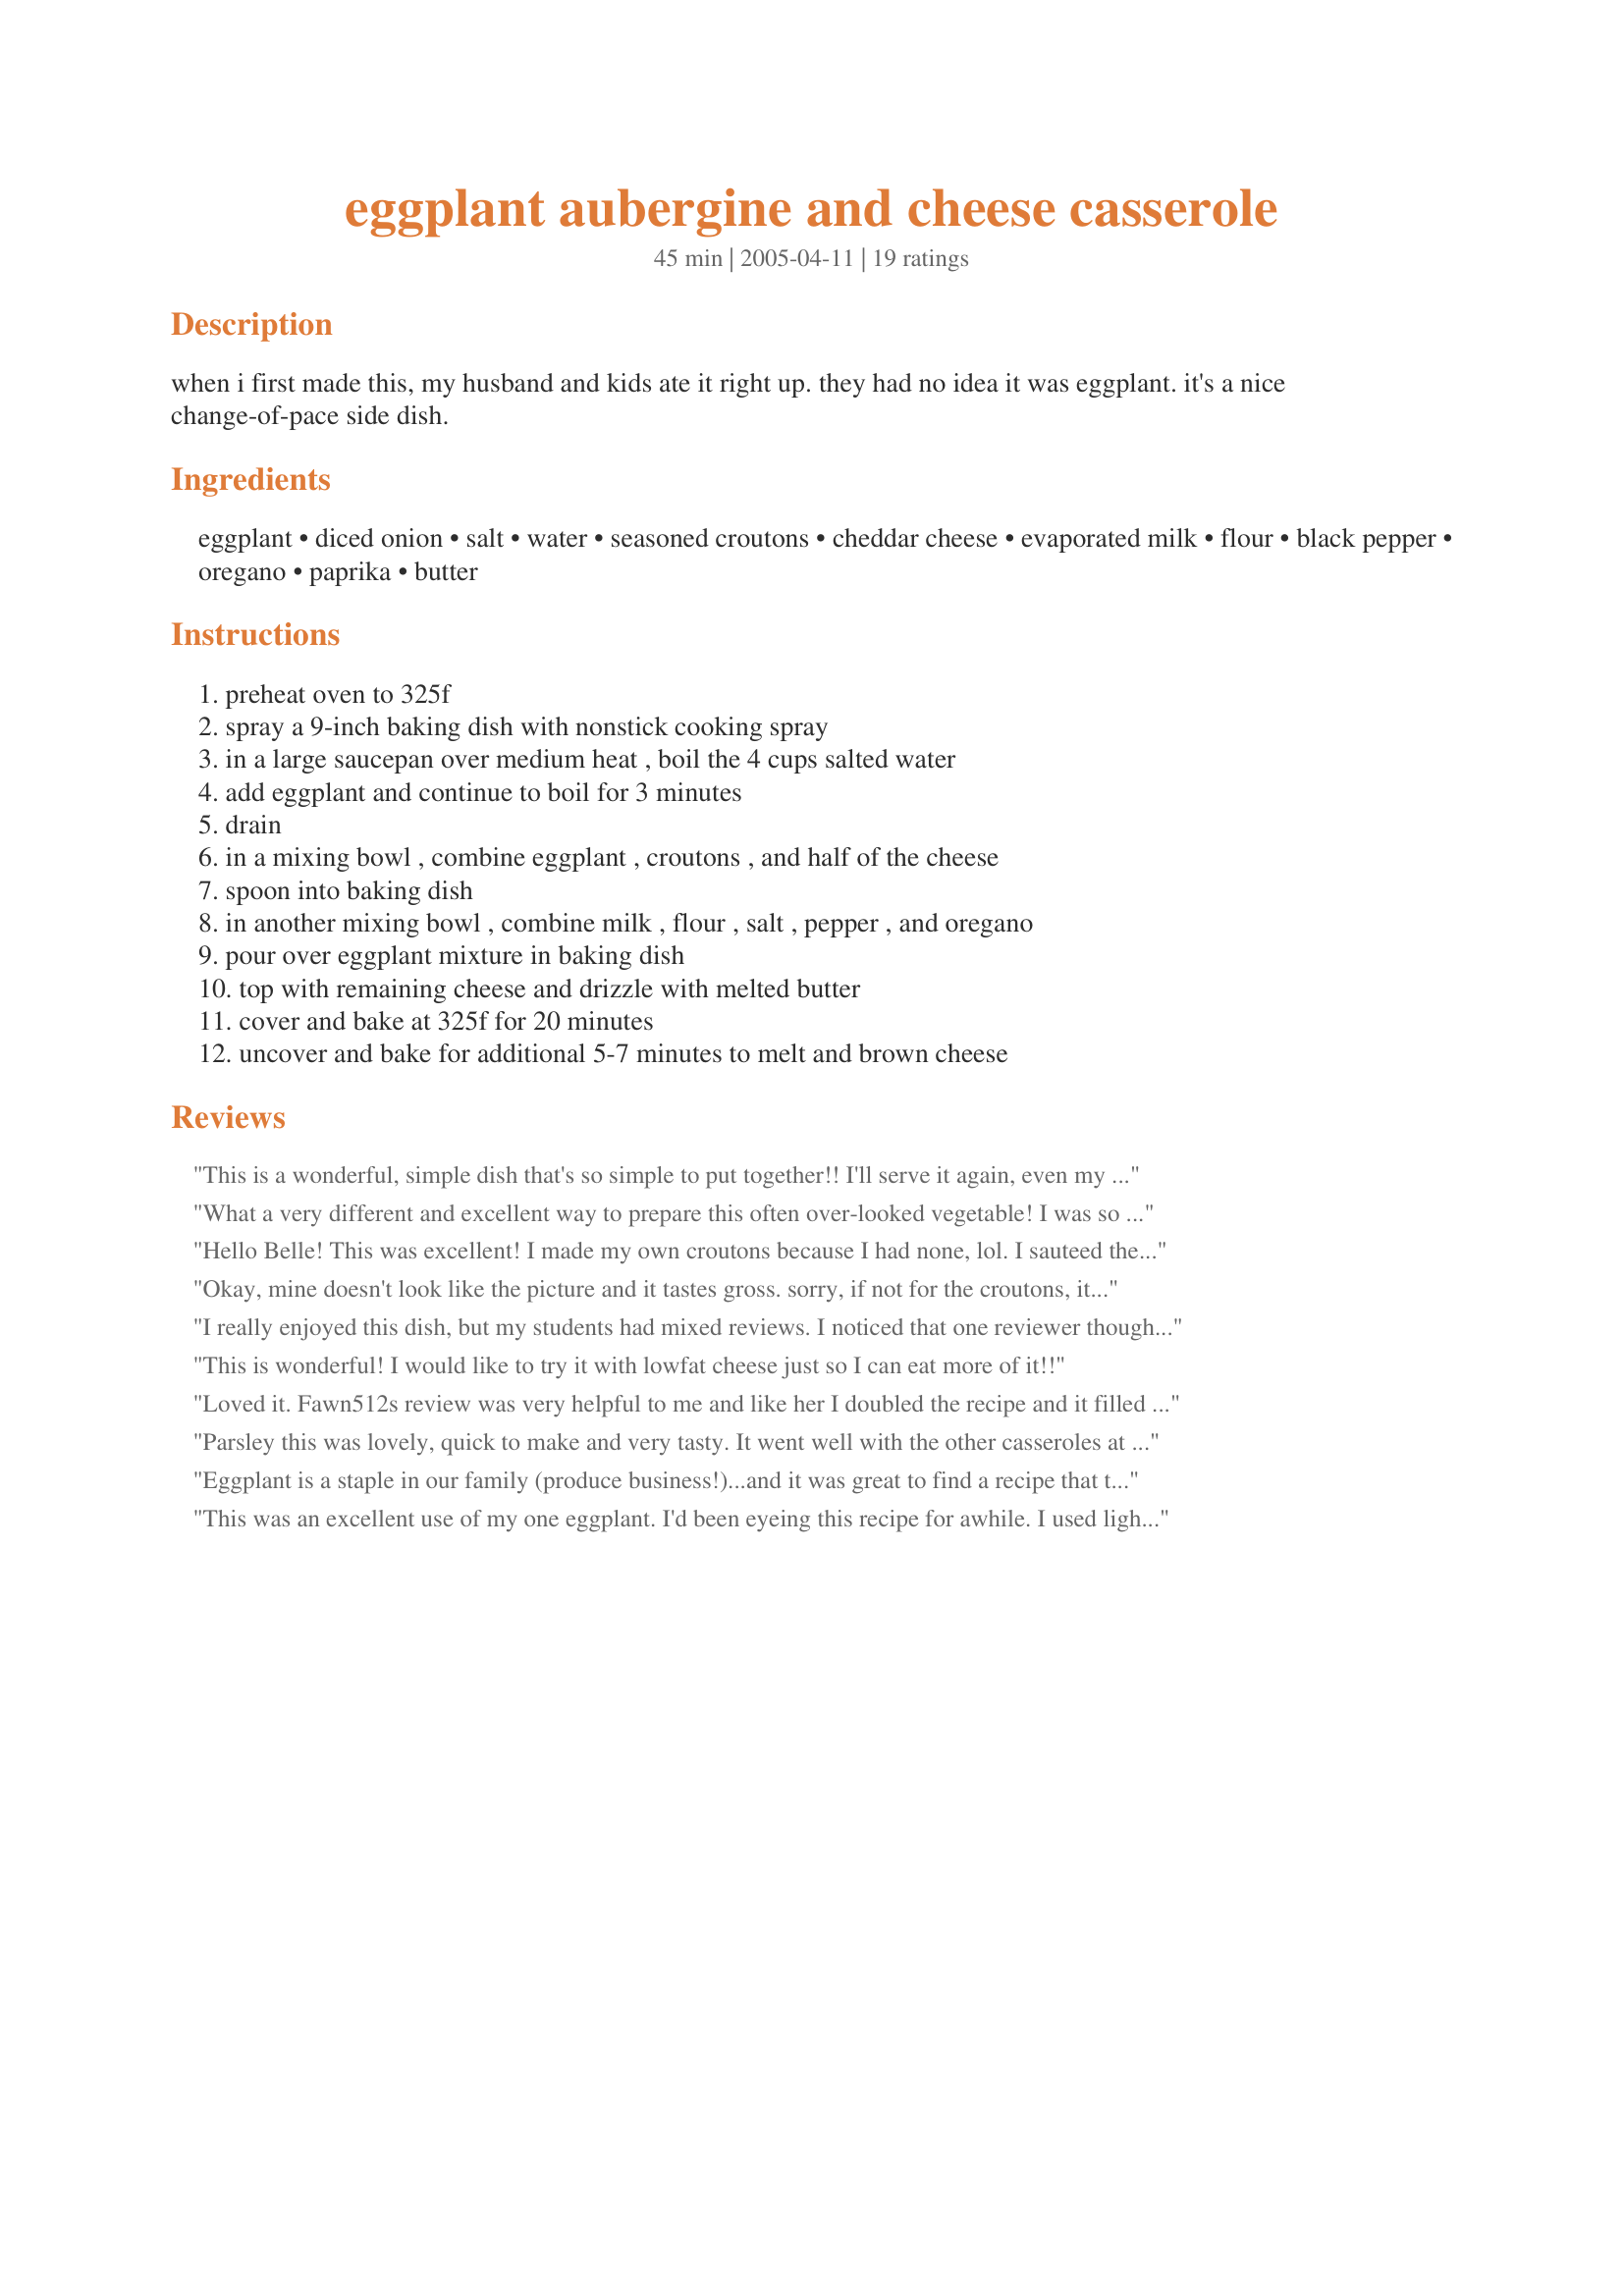
eggplant aubergine and cheese casserole
Preparation time: 45 minutes

when i first made this, my husband and kids ate it right up. they had no idea it was eggplant. it's a nice change-of-pace side dish.

Ingredients:
eggplant, diced onion, salt, water, seasoned croutons, cheddar cheese, evaporated milk, flour, black pepper, oregano, paprika, butter

Steps:
preheat oven to 325f, spray a 9-inch baking dish with nonstick cooking spray, in a large saucepan over medium heat , boil the 4 cups salted water, add eggplant and continue to boil for 3 minutes, drain, in a mixing bowl , combine eggplant , croutons , and half of the cheese, spoon into baking dish, in another mixing bowl , combine milk , flour , salt , pepper , and oregano, pour over eggplant mixture in baking dish, top with remaining cheese and drizzle with melted butter, cover and bake at 325f for 20 minutes, uncover and bake for additional 5-7 minutes to melt and brown cheese

Reviews:
This is a wonderful, simple dish that's so simple to put together!! I'll serve it again, even my picky dd that hates eggplant ate it and ate seconds! I didn't specify the flavor of cruton to my dh when he went shopping and he brought home garlic ones. So then I added a couple of minced garlic cloves to it as well. I crushed the larger crutons and sprinkled parmesan cheese on the top. It was really delicious and I'll definatly make this one again, perhaps for a family shindig because I have vegetarians on either side of the family! Thank you so much for a great recipe Parsley!

*Update* I still love this recipe, I've added new things for a bit of a change of pace, I've added in addition to the regular cheese some Parmesan cheese. I've used thyme or Italian seasoning as well. This is still a wonderful recipe and now a favorite in my household.
What a very different and excellent way to prepare this often over-looked vegetable! I was so surprised to boil it... but wow, way to go!

I toasted a couple of slices of bread and diced them to make 'croutons', and I sauteed, rather than boiled, the onion, in a little oil, but otherwise stuck to recipe without really knowing what to expect.
You get a marvellous and very tasty savoury casserole, cheesy, moist .. you would never know this is eggplant, its more like a savoury bread pudding.

A new favourite, thank you, Parsley!
Hello Belle! This was excellent! I made my own croutons because I had none, lol. I sauteed the onions in some olive oil instead of boiling them. This was VERY tasty. And easy to make, too. THE PICKY ONE gobbles it up! ;) Made for ZWT4.
Okay, mine doesn't look like the picture and it tastes gross. sorry, if not for the croutons, it would be inedable. I read that somebody doubled all the ingredients, maybe that would help. Will try to add more to it tomorrow to see if it improves. Sorry...
I really enjoyed this dish, but my students had mixed reviews. I noticed that one reviewer thought it was very mushy, so from that comment I chose to just blanch the eggplant. I put it into boiling salted water, stirred once and drained. It was not to mushy that way. The next time I make it I think I will add some diced fresh tomatoes.
This is wonderful! I would like to try it with lowfat cheese just so I can eat more of it!!
Loved it. Fawn512s review was very helpful to me and like her I doubled the recipe and it filled a 9x9 casserole dish. I used 2lbs of eggplant (about 6 cups chopped). I used a mozzarella/romano blend for the cheese filling and a little cheddar on top. This dish is quite cheesy and I think I will reduce the cheese next time. I just thought the cheese overwhelmed the delicate eggplant. I had no croutons nor any bread to make any so I used about 5 tablespoons of dry bread crumbs in the filling. I baked for 25 minutes uncovered. Excellent excellent casserole that would be a good way to use up squash and zucchini.
Parsley this was lovely, quick to make and very tasty. It went well with the other casseroles at the dinner party. I crushed the croutons and Lunchmeat suggested and i used a combination mozzarella and cheddar cheese. I am going to add this to my cookbook recipes to make over and over. Thanks so much for suggestioning it. Its a keeper.
Eggplant is a staple in our family (produce business!)...and it was great to find a recipe that truly shows the eggplants versatility. I did omit the oreghano and added a bit of grated parmesean DELICIOUS! Thanks, Parsley72
This was an excellent use of my one eggplant. I'd been eyeing this recipe for awhile. I used lightly seasoned croutons (Wegman's)and used a blend of cheeses: provolone, mozz. and cheddar (the provolone makes it super creamy). Even though I was short on the eggplant I didn't change the milk ingredients and put it in a small oval casserole. This was great hot out of the oven, cold, and reheats well in microwave. The croutons do really expand with cooking, so I was glad I halved my large ones. The eggplant reminded me of mushrooms, so if you love mushrooms you will love this dish, too.

Roxygirl
Very nice recipe. I'll cook the eggplant a little less because mine turned out very mushy. I liked the flavor combination and the seasoned croutons were really nice. Might try some different seasonings next time. I didn't see the paprika listed in the instructions, so I added that to the top when uncovered. Thanks Pars Made for I Recommend :)
This was very easy to prepare and was delicious. I will definitely make it again with a couple of modifications. I will crush the croutons a bit as the ones I used were rather big, and will use a reduced fat cheddar to cut down on some of the fat content. Overall, this was a very tasty and economical way to prepare eggplant. It was just what I was looking for!
A VERY nice casserole side-dish! So easy to make. I used Caesar flavored croutons (on hand), but otherwise followed the recipe as written.
This was a good recipe but it wasn't spectacular. I love eggplant and cheese, but I think the only thing that made this good was the cheesiness. It didn't have that much flavor. It was very simple to make so it would make a good side with easy-to-find ingredients. I think with a bit of tweaking, this could be a 5-star recipe.
I made this with 3 baby eggplants and it was very good. I'm not a huge fan of Eggplant, but it's so pretty in the store so I just had to buy some and try this out. I will definitely make it again! thanks!
Very nice eggplant casserole! I was a little short on cheddar so I subbed in half feta which was really quite tasty. Thanks! Made for the Babes of ZWT4.
i used to make this A LOT when my kids were little, and i had a garden. BUT I USED ZUCCHINI. the boys STILL talk about it.

i don't know why i never thought of using eggplant. duh!
Very good. I browned my onions in butter to add a little kick in flavor. Thanks for the other comments -- the croutons clue especially.
I love eggplant so i tried this recipe and all i can say is WOW!!! My family loved it so much that ask me to make these again ASAP! I use 1/2k of eggplant, 2 slices of bread. I think the mixture is too little for a 9x9 dish. The recipe needs to be doubled to have thickeness. I didn't cover mine,but they turned out great. Bake for only 20min. Thanks for sharing!! Ü UPDATE: used 1 1/4k of eggplant this time,doubled the rest of the ingredients and they fit perfectly well in 9x9 pan (enough thickness) baked 30min w/out covering w/ foil. This recipe is definitely to be baked again and again
